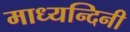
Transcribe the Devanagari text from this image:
माध्यन्दिनी